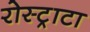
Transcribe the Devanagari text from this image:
रोस्ट्राटा